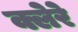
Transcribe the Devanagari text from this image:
क्लेरे